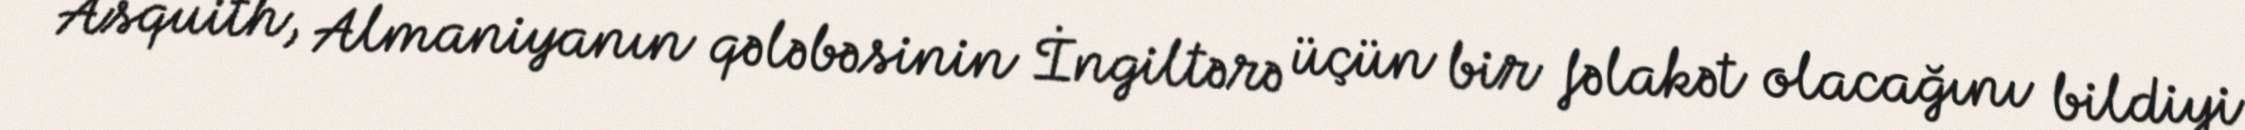
Asquith, Almaniyanın qələbəsinin İngiltərə üçün bir fəlakət olacağını bildiyi